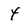
Character: 4